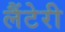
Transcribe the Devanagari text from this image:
लैंटेरी